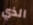
الذي